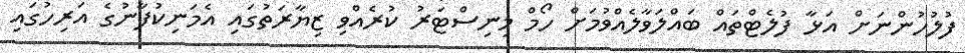
ފުލުހުންނަށް އަޅާ ފުލެޓްތައް ބައްލަވާލެއްވުމަށް ހޯމް މިނިސްޓަރު ކުރެއްވި ޒިޔާރަތުގައި އެމަނިކުފާނުގެ އަރިހުގައި